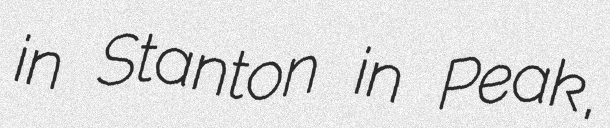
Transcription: in Stanton in Peak,